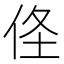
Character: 𠈬